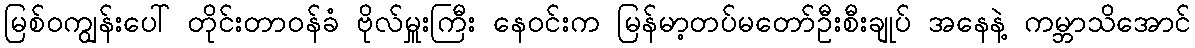
မြစ်ဝကျွန်းပေါ် တိုင်းတာဝန်ခံ ဗိုလ်မှူးကြီး နေဝင်းက မြန်မာ့တပ်မတော်ဦးစီးချုပ် အနေနဲ့ ကမ္ဘာသိအောင်